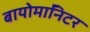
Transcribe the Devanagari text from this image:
बायोमाॅनिटर